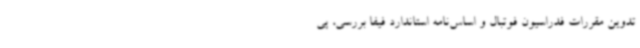
تدوین مقررات فدراسیون فوتبال و اساس‌نامه استاندارد فیفا بررسی، پی